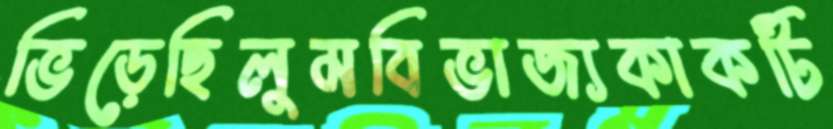
ভিড়েছিলুমবিভাজ্যকাকটি